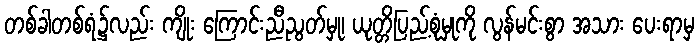
တစ်ခါတစ်ရံ၌လည်း ကျိုး ကြောင်းညီညွတ်မှု၊ ယုတ္တိပြည့်စုံမှုကို လွန်မင်းစွာ အသား ပေးရာမှ